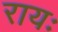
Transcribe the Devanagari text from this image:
रायः